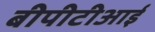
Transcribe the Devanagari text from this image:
बीपीटीआई